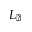
L _ { \sun }